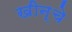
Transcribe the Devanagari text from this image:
खीन्चे